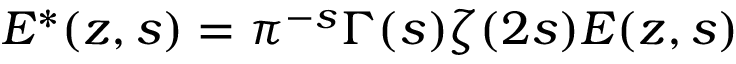
E ^ { * } ( z , s ) = \pi ^ { - s } \Gamma ( s ) \zeta ( 2 s ) E ( z , s )